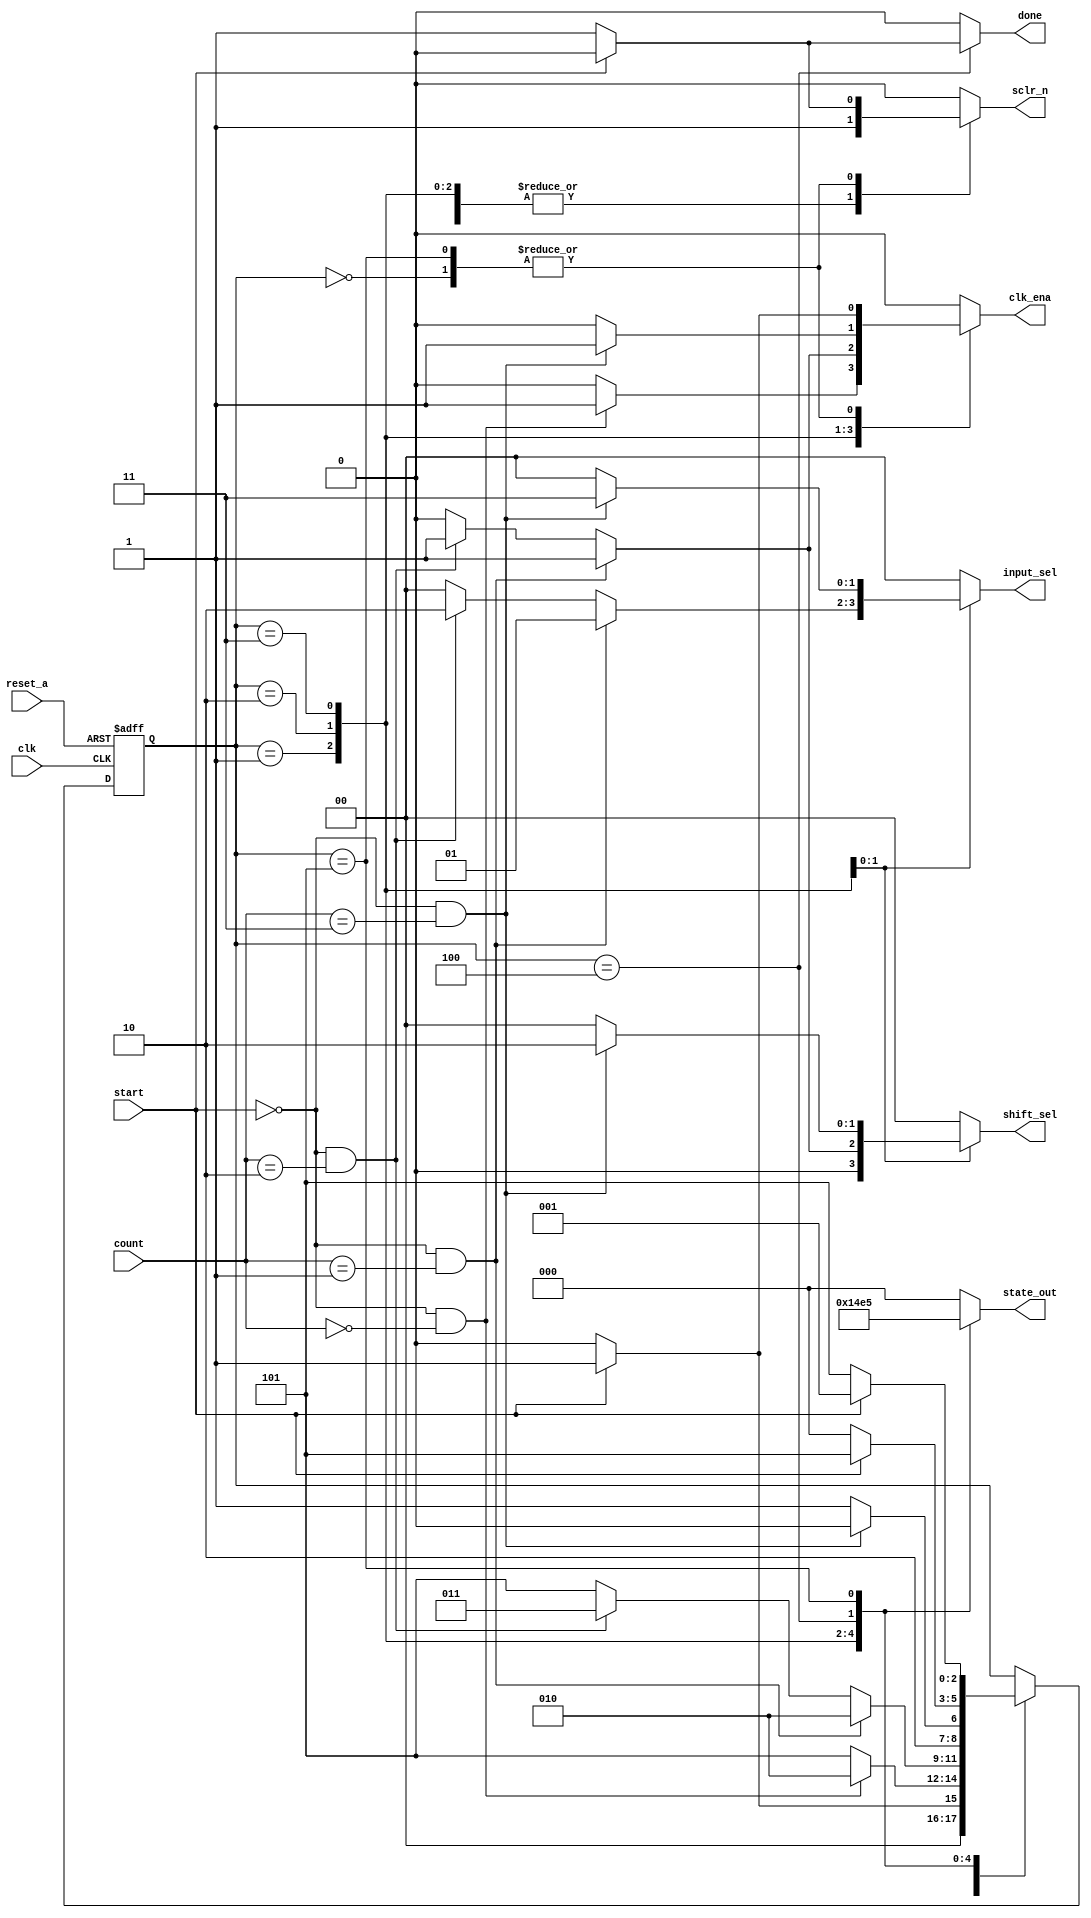
module mult_control
(
input clk,
input reset_a,
input start,
input [1:0]count,
output reg [1:0]input_sel,
output reg [1:0]shift_sel,
output reg [2:0]state_out,
output reg done,
output reg clk_ena,
output reg sclr_n
);

reg [2:0]state_reg,state_next;

localparam IDLE = 3'b000;
localparam LSB  = 3'b001;
localparam MID  = 3'b010;
localparam MSB  = 3'b011;
localparam CALC_DONE =3'b100 ;
localparam ERR  = 3'b101 ;

/*State Register*/
 
always@(posedge clk,negedge reset_a)
begin
if(!reset_a)
state_reg<=IDLE;
else
state_reg<=state_next;
end

/*Next State Logic*/

always@(*)
begin
        
        input_sel = 2'b00;
        shift_sel = 2'b00;
        done =1'b0;
        clk_ena =1'b0;
        sclr_n = 1'b0;
        state_out=IDLE;
   case(state_reg)
   IDLE:
   begin
      state_out=IDLE;
       if(start==1'b1)
         begin
          state_next=LSB;
         input_sel=2'b00;
         shift_sel=2'b00;
         done=1'b0;
         clk_ena=1'b1;
         sclr_n=1'b0;
         end
        else
        begin
         state_next=IDLE;
         input_sel=2'b00;
         shift_sel=2'b00;
         done=1'b0;
         clk_ena=1'b0;
         sclr_n=1'b1;
       end
   end
LSB:
 begin
 state_out=LSB; 
    if( (start == 1'b0) && (count == 2'b00) )
     begin
        state_next=MID;
        input_sel=2'b00;
        shift_sel=2'b00;
        done=1'b0;
        clk_ena=1'b1;
        sclr_n=1'b1;
     end
    else
     begin
        state_next=ERR;
        input_sel=2'b00;
        shift_sel=2'b00;
        done=1'b0;
        clk_ena=1'b0;
        sclr_n=1'b1;
     end  
 end

MID:
begin
 state_out=MID;
  if( (start == 1'b0) && (count == 2'b01) )
   begin
        state_next=MID;
        input_sel=2'b01;
        shift_sel=2'b01;
        done=1'b0;
        clk_ena=1'b1;
        sclr_n=1'b1;
   end
  else if( (start == 1'b0) && (count == 2'b10) )
   begin
        state_next=MSB;
        input_sel=2'b10;
        shift_sel=2'b01;
        done=1'b0;
        clk_ena=1'b1;
        sclr_n=1'b1;     
   end 
  else
   begin
        state_next=ERR;
        input_sel=2'b00;
        shift_sel=2'b00;
        done=1'b0;
        clk_ena=1'b0;
        sclr_n=1'b1;  
   end
end
MSB:
begin 
 state_out=MSB; 
 if((start == 1'b0) && (count == 2'b11))
  begin
        state_next=CALC_DONE;
        input_sel=2'b11;
        shift_sel=2'b10;
        done=1'b0;
        clk_ena=1'b1;
        sclr_n=1'b1;
  end
 else
  begin
  	state_next=ERR;
        input_sel=2'b00;
        shift_sel=2'b00;
        done=1'b0;
        clk_ena=1'b0;
        sclr_n=1'b1;   
  end
end
CALC_DONE:
 begin
  state_out=CALC_DONE;
  if(start==1'b1)
   begin
 	state_next=ERR;
        input_sel=2'b00;
        shift_sel=2'b00;
        done=1'b0;
        clk_ena=1'b0;
        sclr_n=1'b1;
   end
  else
   begin
  	state_next=IDLE;
        input_sel=2'b00;
        shift_sel=2'b00;
        done=1'b1;
        clk_ena=1'b0;
        sclr_n=1'b1;  
   end
end
ERR:
 begin
 state_out=ERR;
 if(start == 1'b1)
  begin
        state_next=LSB;
        input_sel=2'b00;
        shift_sel=2'b00;
        done=1'b0;
        clk_ena=1'b1;
        sclr_n=1'b0;
  end
 else
  begin
	state_next=ERR;
        input_sel=2'b00;
        shift_sel=2'b00;
        done=1'b0;
        clk_ena=1'b0;
        sclr_n=1'b1;  
end 
end
default :
 begin
 state_next=state_reg;
 state_out=IDLE;
 end
endcase

end

endmodule